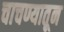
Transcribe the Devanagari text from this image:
चाचण्यातून